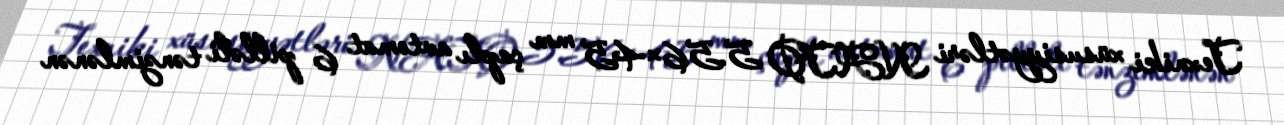
Texniki xüsusiyyətləri NATO 5.56×45 mm çaplı avtomat 6 pilləli tənzimlənən